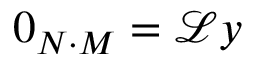
0 _ { N \cdot M } = \mathcal { L } y